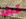
قبل